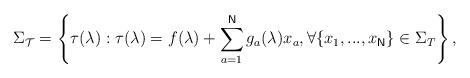
LaTeX: \begin{align*}\Sigma _{\mathcal{T}}=\left\{ \tau (\lambda ):\tau (\lambda )=f(\lambda)+\sum_{a=1}^{\mathsf{N}}g_{a}(\lambda )x_{a},\forall\{x_{1},...,x_{\mathsf{N}}\}\in \Sigma _{T}\right\} ,\end{align*}